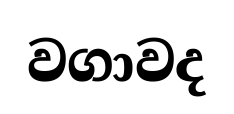
වගාවද